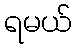
ရမယ်